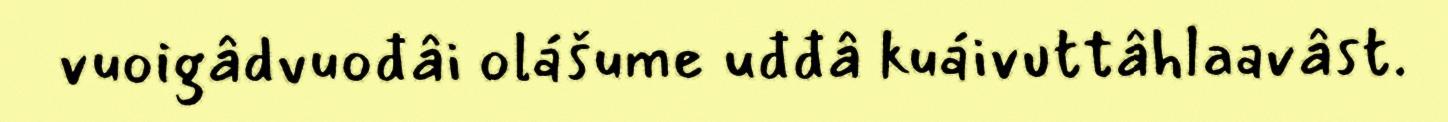
vuoigâdvuođâi olášume uđđâ kuáivuttâhlaavâst.